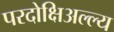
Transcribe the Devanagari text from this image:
परदोक्षिअल्ल्य